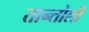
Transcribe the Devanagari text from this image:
तान्तोली